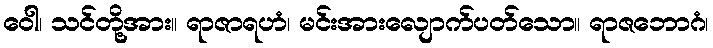
ဝေါ၊ သင်တို့အား။ ရာဇာရဟံ၊ မင်းအားလျောက်ပတ်သော။ ရာဇဘောဂံ၊